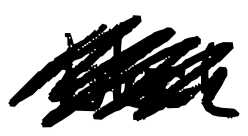
Text: block
Cross-out: scratch
Writing tool: digital_black